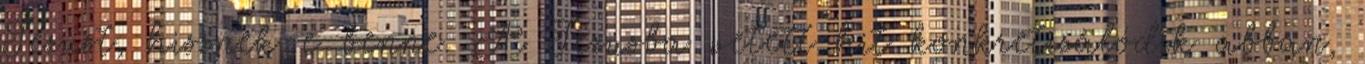
Jézust, hisznek-e benne. A Jézusba vetett hit konkretizálódik abban,